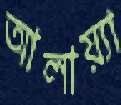
আলায়্যা